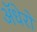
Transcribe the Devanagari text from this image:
ॲधेरों